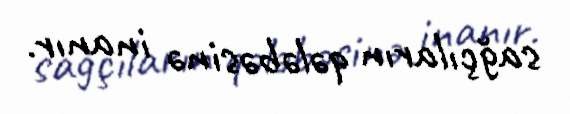
sağçıların qələbəsinə inanır.